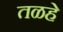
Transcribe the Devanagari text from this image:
तळहे